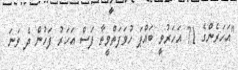
"އަހަރެންގެ 71 އަހަރުވީ ބައްޕަ ހުވަފަތްވީތާ ފަސް އަހަރު ފަހުން ދެ ވަނަ